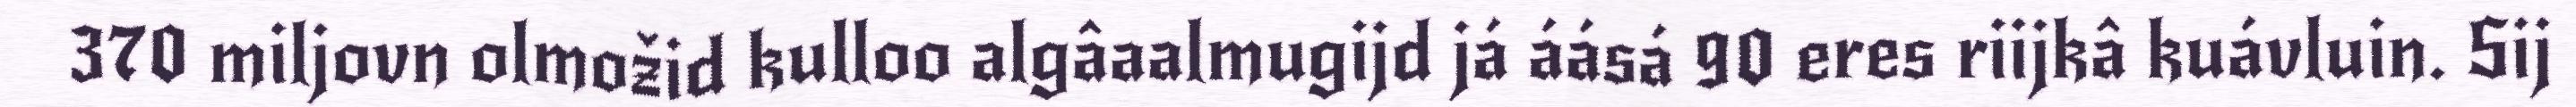
370 miljovn olmožid kulloo algâaalmugijd já áásá 90 eres riijkâ kuávluin. Sij